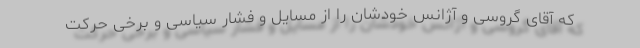
که آقای گروسی و آژانس خودشان را از مسایل و فشار سیاسی و برخی حرکت